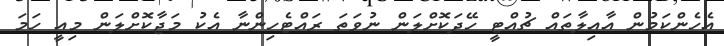
އެހެންކަމުން އާއިލާތައް ޗުއްޓީ ހޭދަކޮށްލަން ނުވަތަ ރައްޓެހިންނާ އެކު މަޖާކޮށްލަން މިއީ ހަމަ